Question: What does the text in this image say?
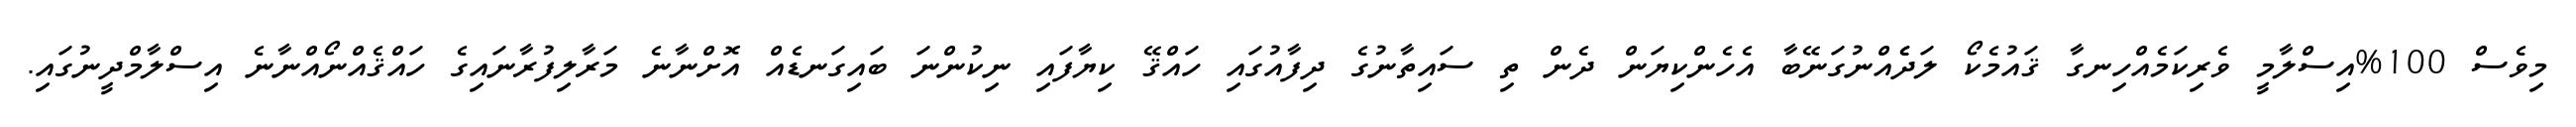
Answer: މިވެސް 100%އިސްލާމީ ވެރިކަމެއްހިނގާ ޤައުމެކޯ ލަދެެއްނުގަނޭބާ އެހެންކިޔަން ދެން ތި ސައިތާނުގެ ދިފާއުގައި ހައްޤޭ ކިޔާފައި ނިކުންނަ ބައިގަނޑެއް އޮށްނާނެ މަރާލިފުރާނައިގެ ހައްޤެއްނޯއްނާނެ އިސްލާމްދީނުގައި.